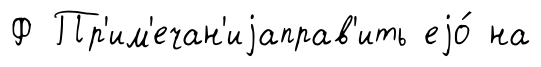
Ф Пр'им'ечан'иjаправ'ить еjо́ на